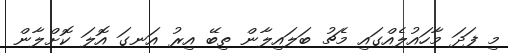
މި ފަދަ މާހައުލެއްގައި މެޗު ބަލައިލާން ތިބޭ އިރު އަނގަ އޮލަ ކޮށްލާން